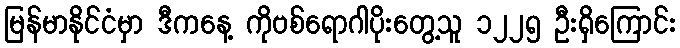
မြန်မာနိုင်ငံမှာ ဒီကနေ့ ကိုဗစ်ရောဂါပိုးတွေ့သူ ၁၂၂၅ ဦးရှိကြောင်း